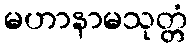
မဟာနာမသုတ္တံ